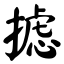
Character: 摅